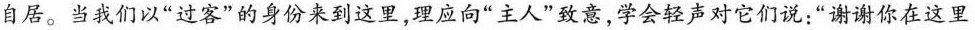
自居。当我们以”过客”的身份来到这里，理应向”主人”致意，学会轻声对它们说：”谢谢你在这里